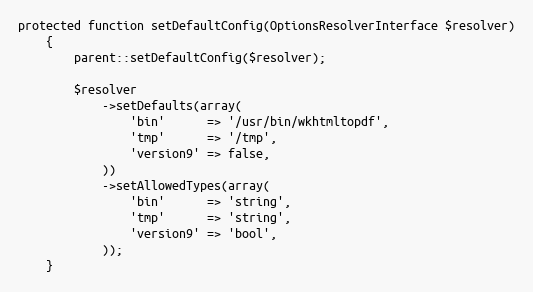
Language: PHP
protected function setDefaultConfig(OptionsResolverInterface $resolver)
    {
        parent::setDefaultConfig($resolver);

        $resolver
            ->setDefaults(array(
                'bin'      => '/usr/bin/wkhtmltopdf',
                'tmp'      => '/tmp',
                'version9' => false,
            ))
            ->setAllowedTypes(array(
                'bin'      => 'string',
                'tmp'      => 'string',
                'version9' => 'bool',
            ));
    }